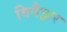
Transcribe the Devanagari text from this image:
विनैझर